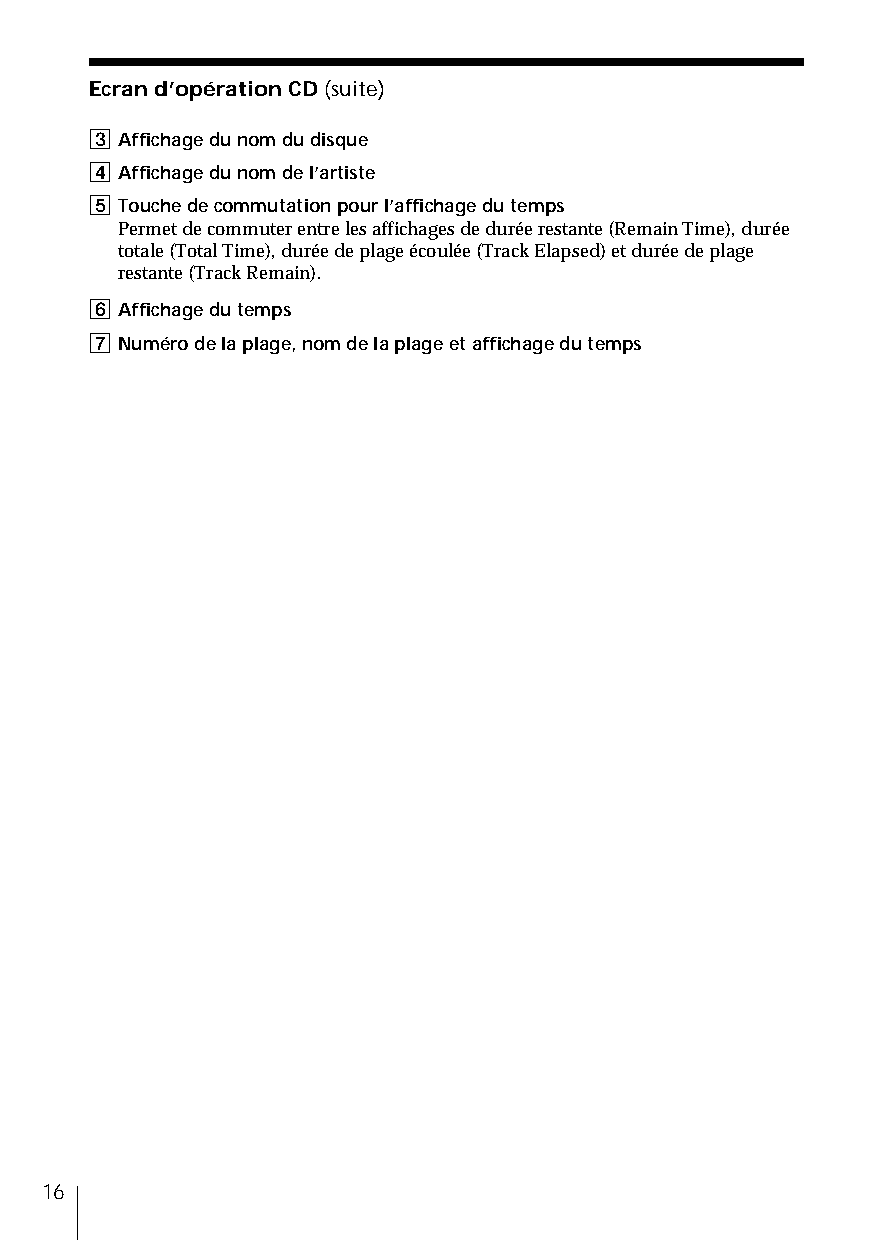
Ecran d’opération CD (suite)
 3 Affichage du nom du disque
 4 Affichage du nom de l’artiste
 5 Touche de commutation pour l’affichage du temps
 Permet de commuter entre les affichages de durée restante (Remain Time), durée
 totale (Total Time), durée de plage écoulée (Track Elapsed) et durée de plage
 restante (Track Remain).
 6 Affichage du temps
 7 Numéro de la plage, nom de la plage et affichage du temps
 16